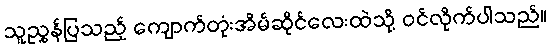
သူညွှန်ပြသည့် ကျောက်တုံးအိမ်ဆိုင်လေးထဲသို့ ဝင်လိုက်ပါသည်။